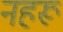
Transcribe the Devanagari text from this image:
नहरू